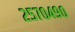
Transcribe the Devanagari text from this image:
२५७०४९०